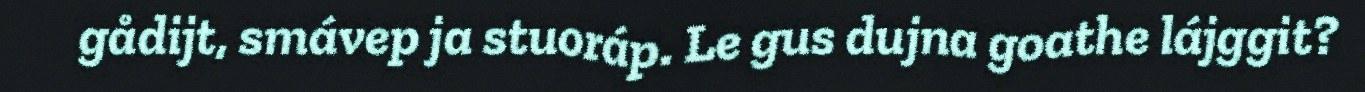
gådijt, smávep ja stuoráp. Le gus dujna goathe lájggit?